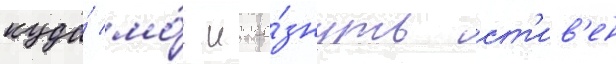
куда́ мо́г исче́знуть ст'ив'ен